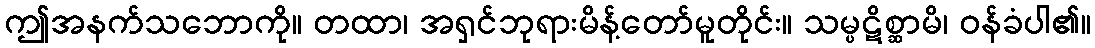
ဤအနက်သဘောကို။ တထာ၊ အရှင်ဘုရားမိန့်တော်မူတိုင်း။ သမ္ပဋိစ္ဆာမိ၊ ဝန်ခံပါ၏။